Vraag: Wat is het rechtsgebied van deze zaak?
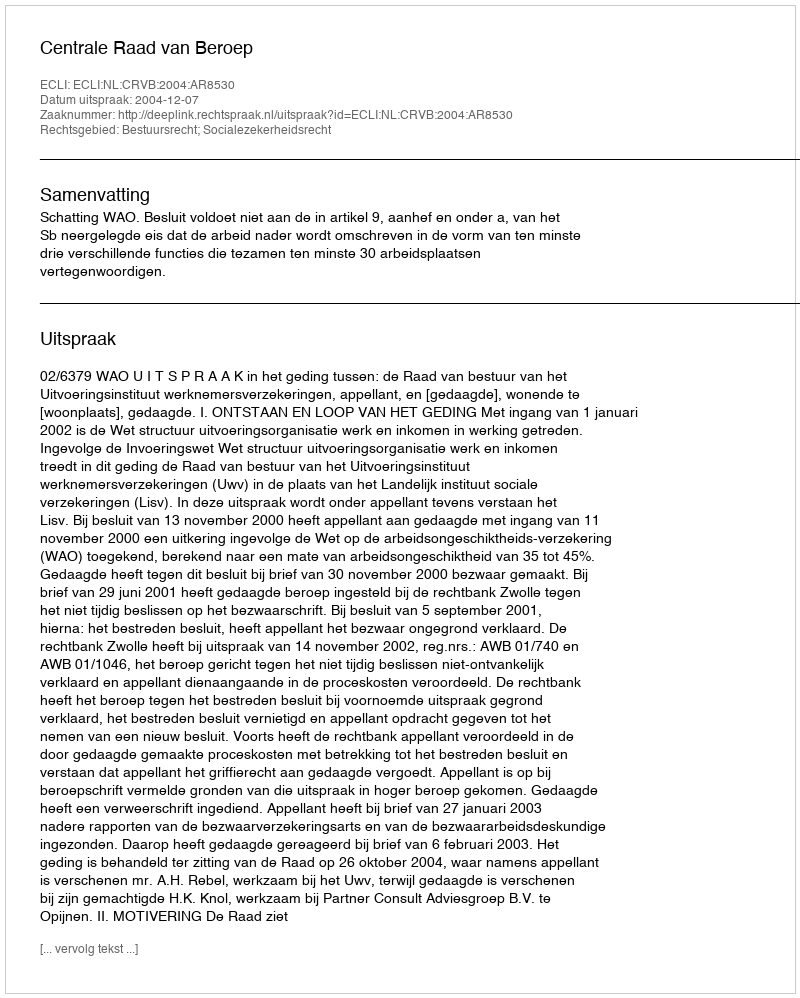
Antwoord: Bestuursrecht; Socialezekerheidsrecht